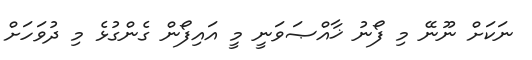
ނަކަށް ނޫނޭ މި ފޯނު ޚާއްޞަވަނީ މީ އައިފޯން ގެންގުޅެ މި ދުވަހަށް